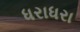
ધરાધરા